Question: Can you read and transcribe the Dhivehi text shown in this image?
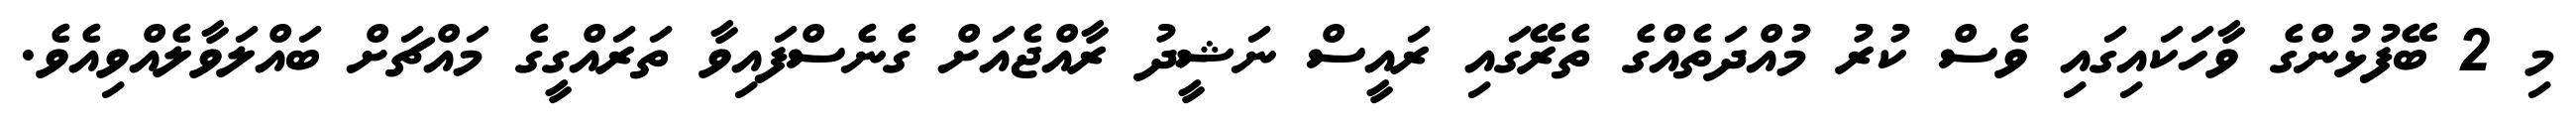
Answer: މި 2 ބޭފުޅުންގެ ވާހަކައިގައި ވެސް ކުރު މުއްދަތެއްގެ ތެރޭގައި ރައީސް ނަޝީދު ރާއްޖެއަށް ގެނެސްފައިވާ ތަރައްގީގެ މައްޗަށް ބައްލަވާލެއްވިއެވެ.